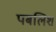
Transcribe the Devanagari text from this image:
पबलिश